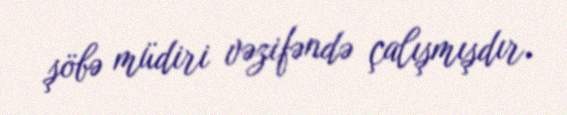
şöbə müdiri vəzifəndə çalışmışdır.